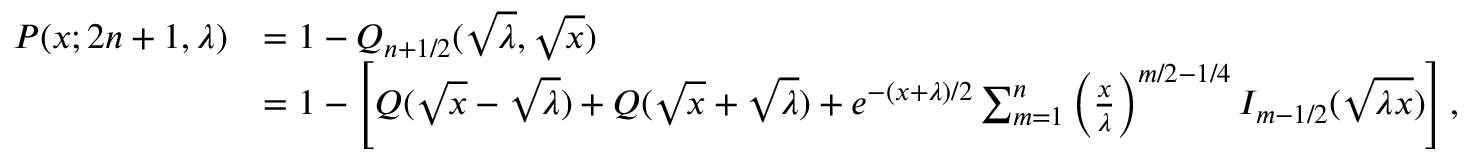
{ \begin{array} { r l } { P ( x ; 2 n + 1 , \lambda ) } & { = 1 - Q _ { n + 1 / 2 } ( { \sqrt { \lambda } } , { \sqrt { x } } ) } \\ & { = 1 - \left[ Q ( { \sqrt { x } } - { \sqrt { \lambda } } ) + Q ( { \sqrt { x } } + { \sqrt { \lambda } } ) + e ^ { - ( x + \lambda ) / 2 } \sum _ { m = 1 } ^ { n } \left( { \frac { x } { \lambda } } \right) ^ { m / 2 - 1 / 4 } I _ { m - 1 / 2 } ( { \sqrt { \lambda x } } ) \right] , } \end{array} }